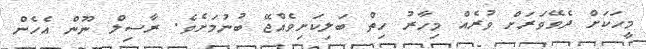
މީހަކަށް ދެވޭވަރަށް ވުރެއް މިހާރު ހިތް ބަލިކަށިވެއްޖޭ ބުނުމަށެވެ. ރާސިލް ނޫން އެހެން